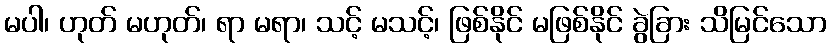
မပါ၊ ဟုတ် မဟုတ်၊ ရာ မရာ၊ သင့် မသင့်၊ ဖြစ်နိုင် မဖြစ်နိုင် ခွဲခြား သိမြင်သော